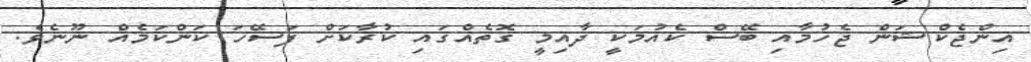
އިންޖެކްޝަން ޖެހުމާއި ބޭސް ކެއުމަކީ ދާއިމީ ގޮތެއްގައި ކުރާކަށް ފަސޭހަ ކަންކަމެއް ނޫނެވެ.